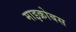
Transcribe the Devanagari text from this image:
माइक्रोबस